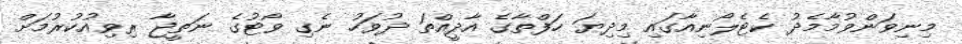
މިނިވަންވުމާމެދު ކެޓެލޯނިއާގައި މިދިޔަ ހަފްތާގެ އާދީއްތަ ދުވަހު ނެގި ވޯޓުގެ ނަތީޖާ ރިވިއުކުރުމަށް